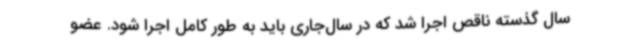
سال گذسته ناقص اجرا شد که در سال‌جاری باید به طور کامل اجرا شود. عضو